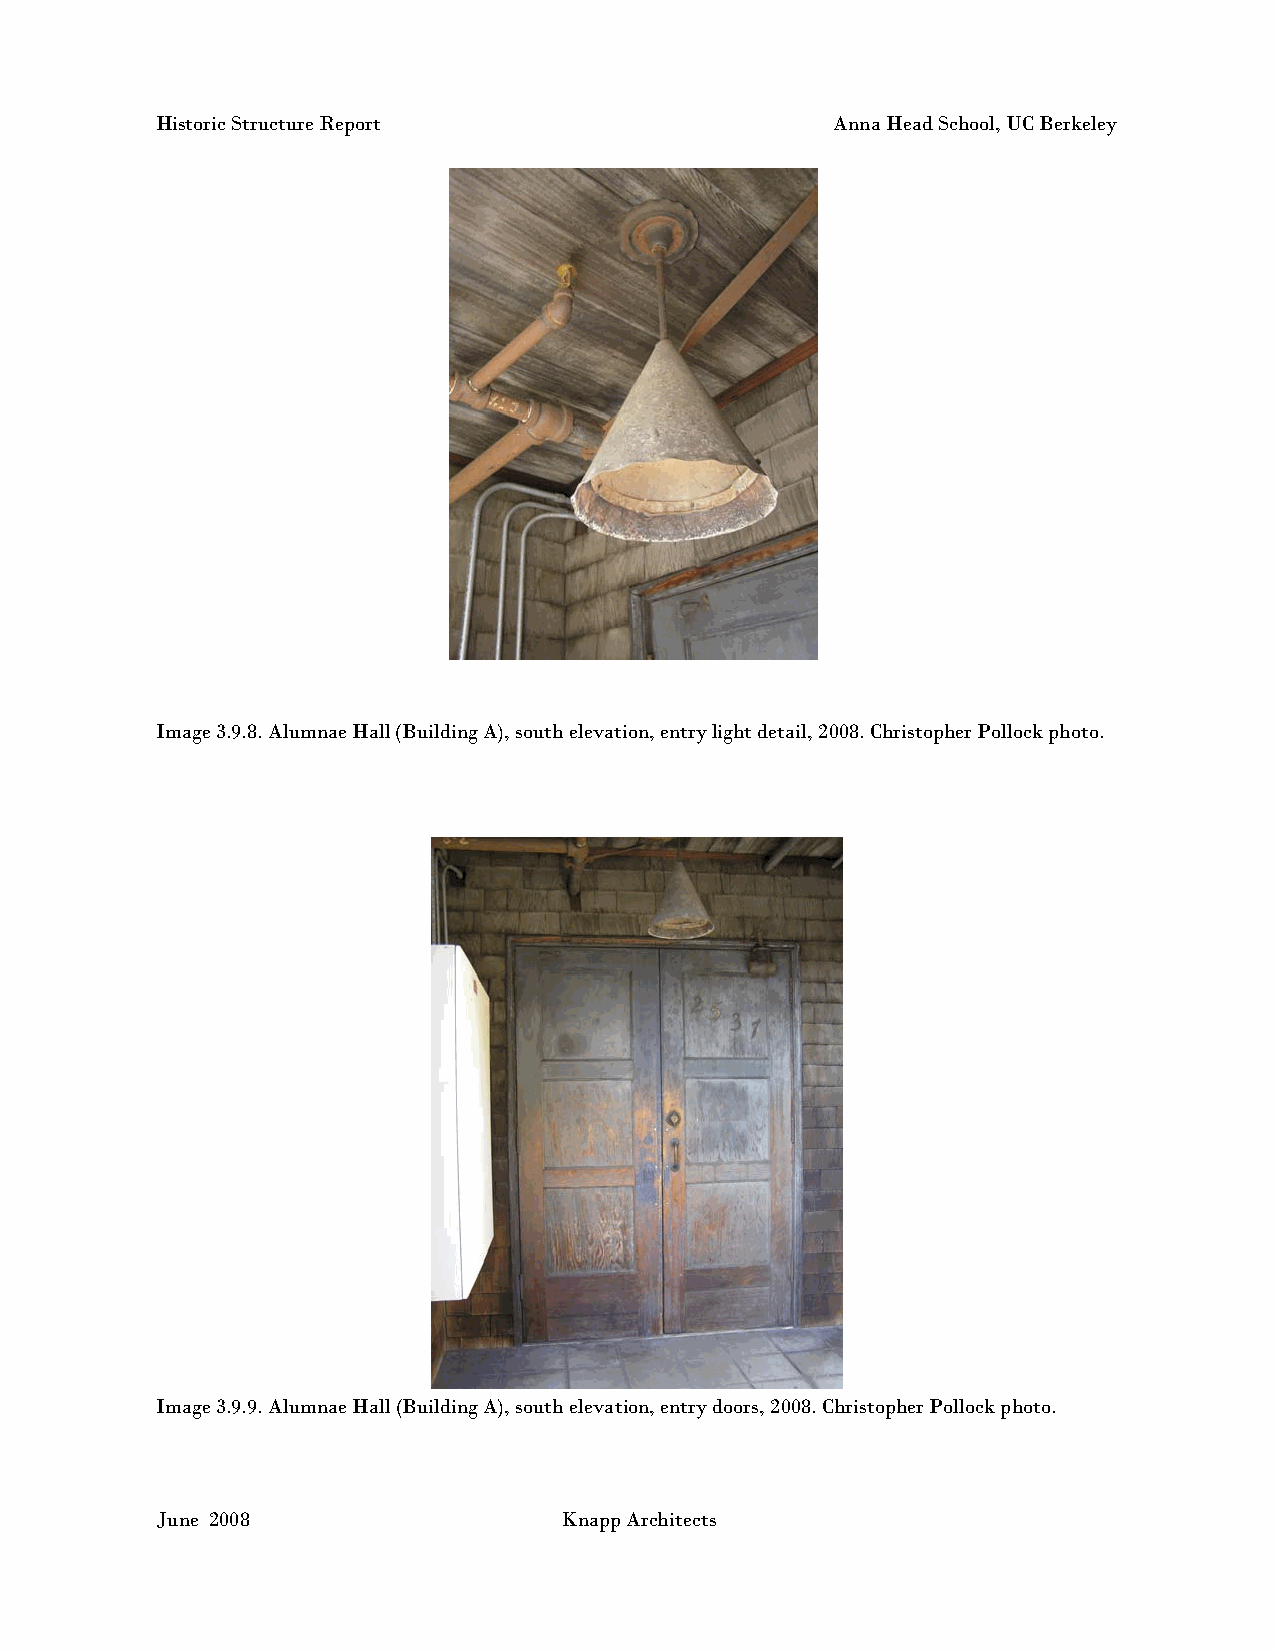
Historic Structure Report                    Anna Head School, UC Berkeley
 Image 3.9.8. Alumnae Hall (Building A), south elevation, entry light detail, 2008. Christopher Pollock photo.
 Image 3.9.9. Alumnae Hall (Building A), south elevation, entry doors, 2008. Christopher Pollock photo.
 June 2008                  Knapp Architects